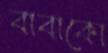
বাবাকো